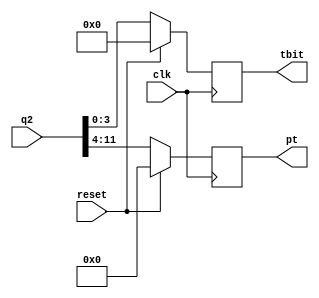
`timescale 1ns / 1ps
//////////////////////////////////////////////////////////////////////////////////
// Company: 
// Engineer: 
// 
// Design Name: 
// Module Name: Phase_truncate
// Project Name: 
// Target Devices: 
// Tool Versions: 
// Description: 
// 
// Dependencies: 
// 
// Revision:
// Revision 0.01 - File Created
// Additional Comments:
// 
//////////////////////////////////////////////////////////////////////////////////


module Phase_truncate(clk, reset, q2, pt, tbit);

 input clk, reset;
 input[0:11] q2;
 
 output reg [0:7]pt;
 output reg [0:3]tbit;
 
 always@(posedge clk)
  if(reset == 1'b1)
   begin
     pt<=8'b0;
     tbit<=4'b0;
   end
  
  else
    begin
      pt <= q2[0:7];
      tbit <= q2[8:11]; 
    end
    
endmodule